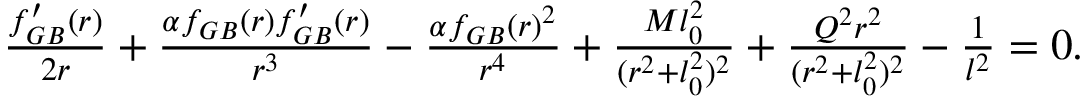
\begin{array} { r } { \frac { f _ { G B } ^ { \prime } ( r ) } { 2 r } + \frac { \alpha f _ { G B } ( r ) f _ { G B } ^ { \prime } ( r ) } { r ^ { 3 } } - \frac { \alpha f _ { G B } ( r ) ^ { 2 } } { r ^ { 4 } } + \frac { M l _ { 0 } ^ { 2 } } { ( r ^ { 2 } + l _ { 0 } ^ { 2 } ) ^ { 2 } } + \frac { Q ^ { 2 } r ^ { 2 } } { ( r ^ { 2 } + l _ { 0 } ^ { 2 } ) ^ { 2 } } - \frac { 1 } { l ^ { 2 } } = 0 . } \end{array}